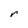
Character: r